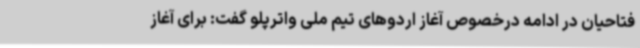
فتاحیان در ادامه درخصوص آغاز اردوهای تیم ملی واترپلو گفت: برای آغاز